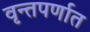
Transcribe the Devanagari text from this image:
वृन्तपर्णात